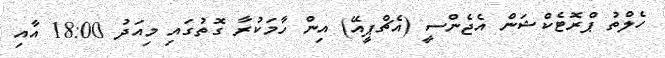
ހެލްތު ޕްރޮޓެކްޝަން އެޖެންސީ (އެޗްޕީއޭ) އިން ހާމަކުރާ ގޮތުގައި މިއަދު 18:00 އާއި